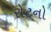
રોટનો